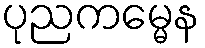
ပုညကမ္မေန